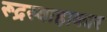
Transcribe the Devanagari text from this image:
रूद्रस्वाहाकार